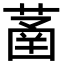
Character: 䓿